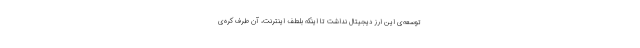
توسعه‌ی این ارز دیجیتال نداشت تا اینکه بلطف اینترنت، آن طرف کره‌ی